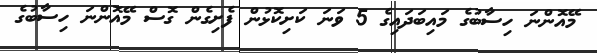
މޭއޮންނަ ހިސާބުގެ މައިބަދައިގެ 5 ވަނަ ކަށިކޮޅުން ފެށިގެން ގޮސް މޭއޮންނަ ހިސާބުގެ